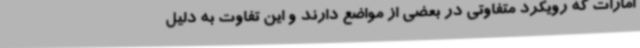
امارات که رویکرد متفاوتی در بعضی از مواضع دارند و این تفاوت به دلیل